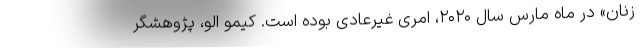
زنان» در ماه مارس سال ۲۰۲۰، امری غیرعادی بوده است. کیمو الو، پژوهشگر